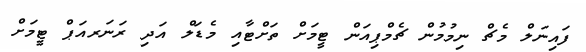
ފައިނަލް މެޗް ނިމުމުން ޗެމްޕިއަން ޓީމަށް ތަށްޓާއި މެޑަލް އަދި ރަނަރއަޕް ޓީމަށް